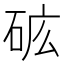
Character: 𰦺